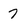
Character: 7